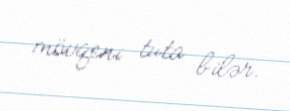
mövqeni tuta bilər.